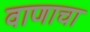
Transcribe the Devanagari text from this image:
वाणाचा